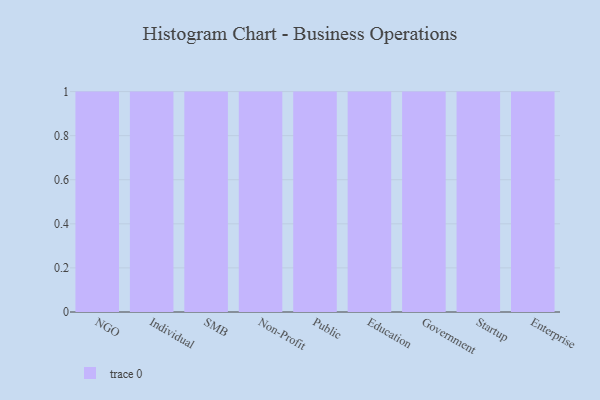
{"axis": {"x": "Segment", "y": "Revenue (USD Million)"}, "legend": [""], "data": [{"x": "NGO", "y": 66, "type": ""}, {"x": "Individual", "y": 55, "type": ""}, {"x": "SMB", "y": 76, "type": ""}, {"x": "Non-Profit", "y": 13, "type": ""}, {"x": "Public", "y": 32, "type": ""}, {"x": "Education", "y": 7, "type": ""}, {"x": "Government", "y": 41, "type": ""}, {"x": "Startup", "y": 16, "type": ""}, {"x": "Enterprise", "y": 72, "type": ""}]}